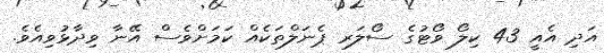
އަދި އެއީ 43 ކިލޯ ވޯޓުގެ ސޯލަރ ޕެނަލްތަކެއް ކަމަށްވެސް އޭނާ ވިދާޅުވިއެވެ.